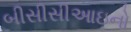
બીસીસીઆઇનો